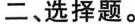
二、选择题。